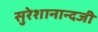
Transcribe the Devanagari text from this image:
सुरेशानान्दजी